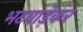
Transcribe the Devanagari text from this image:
भटवाड़ेकर